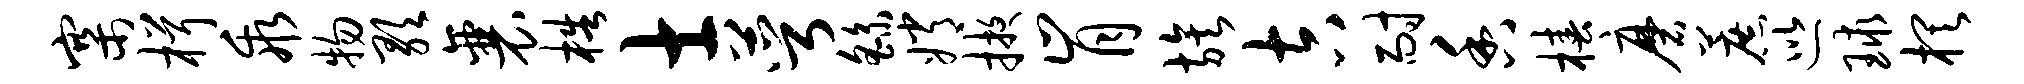
寨楫乖物歌襄梏士萼繇嫦掖肯族吉耐香椿磨蔗巡球棋